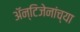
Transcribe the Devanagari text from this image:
अॅन्टिजेनांच्या